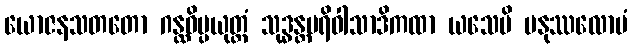
ယောဇနသတတော ဂန္ထဝိပ္ပယုတ္တံ သုဒ္ဓန္တပရိဝါသာဒိကထာ ယသေပိ မနုဿလောမံ